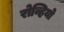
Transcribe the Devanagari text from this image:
रोव्हियो